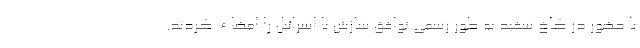
با حضور در کاخ سفید به طور رسمی توافق سازش با اسرائیل را امضاء کردند.